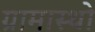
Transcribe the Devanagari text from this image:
ग्रामास्थो